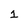
Character: 1